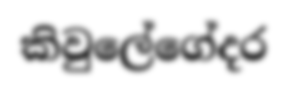
කිවුලේගේදර